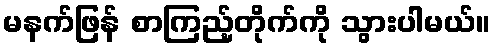
မနက်ဖြန် စာကြည့်တိုက်ကို သွားပါမယ်။